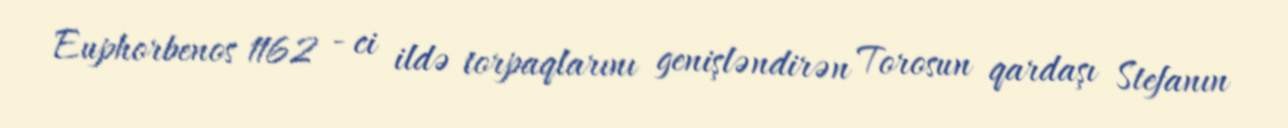
Euphorbenos 1162 - ci ildə torpaqlarını genişləndirən Torosun qardaşı Stefanın